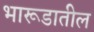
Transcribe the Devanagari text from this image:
भारूडातील